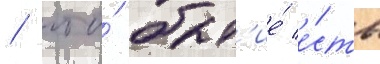
/ что́ быт'ие́ е́сть